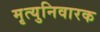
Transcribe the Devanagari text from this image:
मृत्युनिवारक